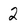
Character: 2